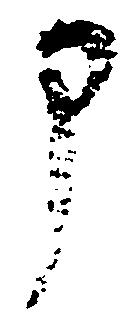
部